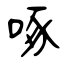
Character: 啄